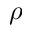
\rho